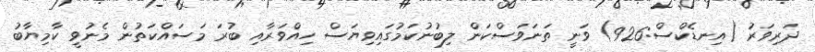
ދަރިވަރަު (އިނޑެކްސް:926) ވަނީ ތަނަވަސްކަން ލިބުނުކަމުގައިވިޔަސް ހިއްވަރާއި ބުރަ މަސައްކަތުން މެނުވީ ކާމިޔާބު